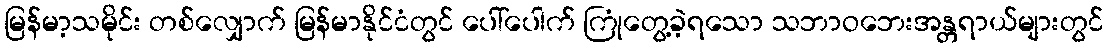
မြန်မာ့သမိုင်း တစ်လျှောက် မြန်မာနိုင်ငံတွင် ပေါ်ပေါက် ကြုံတွေ့ခဲ့ရသော သဘာဝဘေးအန္တရာယ်များတွင်